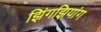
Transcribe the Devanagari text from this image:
झिंगझियांग